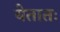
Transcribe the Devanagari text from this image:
येतातः